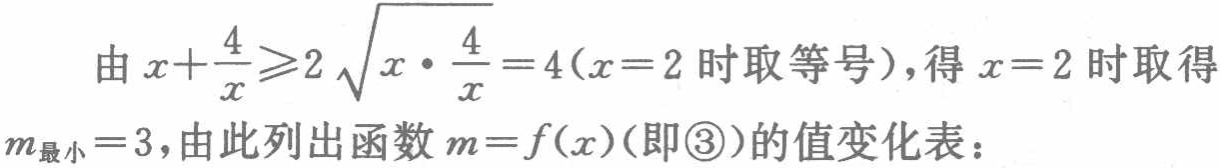
由 \(x + \frac{4}{x} \geqslant 2\sqrt{x \cdot \frac{4}{x}} = 4(x = 2\text{ 时取等号})\)，得 \(x = 2\) 时取得 \(m_{\text{最小}} = 3\)，由此列出函数 \(m = f(x)\)（即\textcircled{3}）的值变化表：